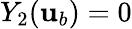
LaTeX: Y_{2}({\mathbf{u}}_{b})=0